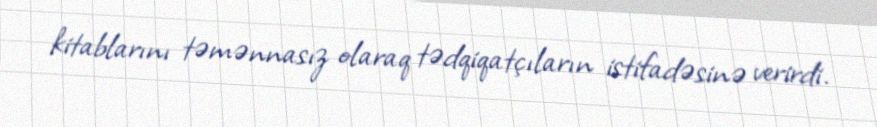
kitablarını təmənnasız olaraq tədqiqatçıların istifadəsinə verirdi.